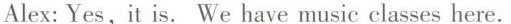
Alex:Yes, it is. We have music classes here.